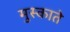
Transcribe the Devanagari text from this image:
मुस्काते